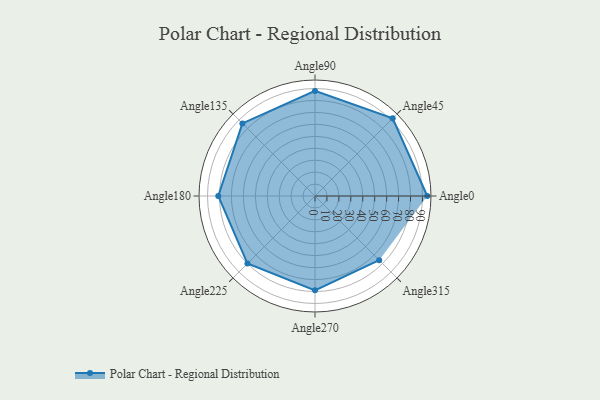
{"axis": {"x": "Angle", "y": "Radius"}, "legend": [""], "data": [{"x": "Angle0", "y": 94.0, "type": ""}, {"x": "Angle45", "y": 92.0, "type": ""}, {"x": "Angle90", "y": 88.0, "type": ""}, {"x": "Angle135", "y": 86.0, "type": ""}, {"x": "Angle180", "y": 81.0, "type": ""}, {"x": "Angle225", "y": 80.0, "type": ""}, {"x": "Angle270", "y": 79.0, "type": ""}, {"x": "Angle315", "y": 76.0, "type": ""}]}